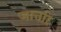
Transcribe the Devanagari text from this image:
जात्तरि